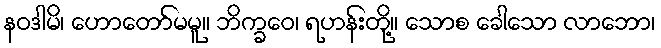
နဝဒါမိ၊ ဟောတော်မမူ။ ဘိက္ခဝေ၊ ရဟန်းတို့။ သောစ ခေါသော လာဘော၊